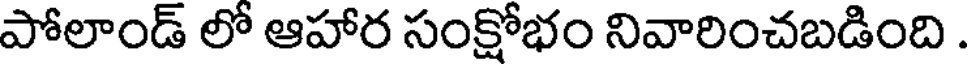
పోలాండ్ లో ఆహార సంక్షోభం నివారించబడింది .